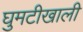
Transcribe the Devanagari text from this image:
घुमटीखाली